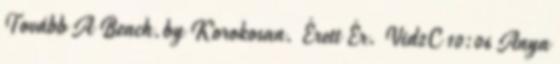
Tovább A Beach.by Korokosan. Érett Ér. Vid2C 10:06 Anya